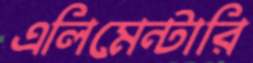
এলিমেন্টারি